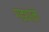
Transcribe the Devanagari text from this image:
गड्याने